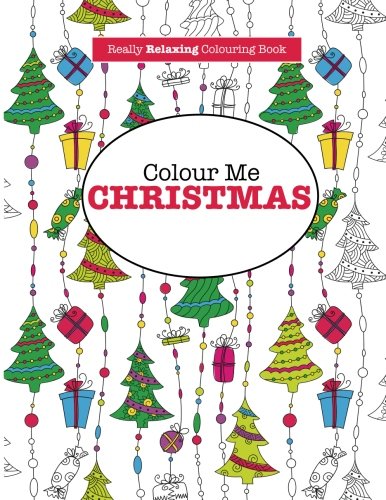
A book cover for Colour Me Christmas ( A Really RELAXING Colouring Book); Elizabeth James; Christian Books & Bibles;